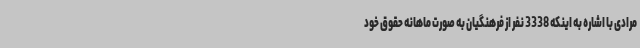
مرادی با اشاره به اینکه 3338 نفر از فرهنگیان به صورت ماهانه حقوق خود